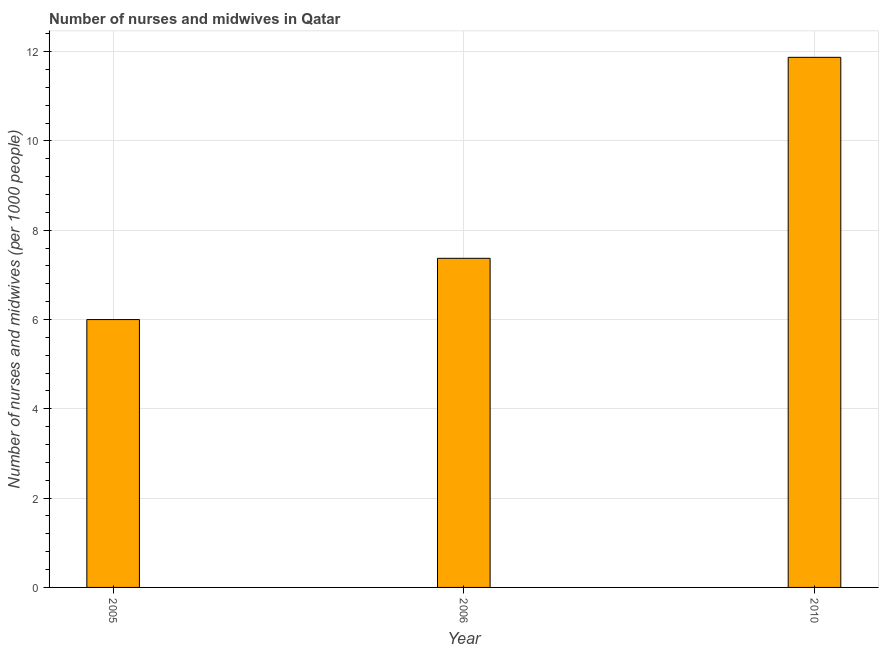
| Year | Nurses and midwives |
 | --- | --- |
 | 2005 | 6 |
 | 2006 | 7.37 |
 | 2010 | 11.9 |